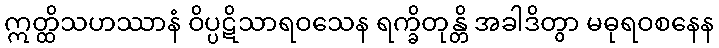
ဣတ္ထိသဟဿာနံ ဝိပ္ပဋိသာရဝသေန ရက္ခိတုန္တိ အခါဒိတွာ မဓုရဝစနေန